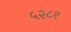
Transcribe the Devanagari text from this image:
५२८१